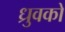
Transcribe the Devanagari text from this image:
ध्रुवको